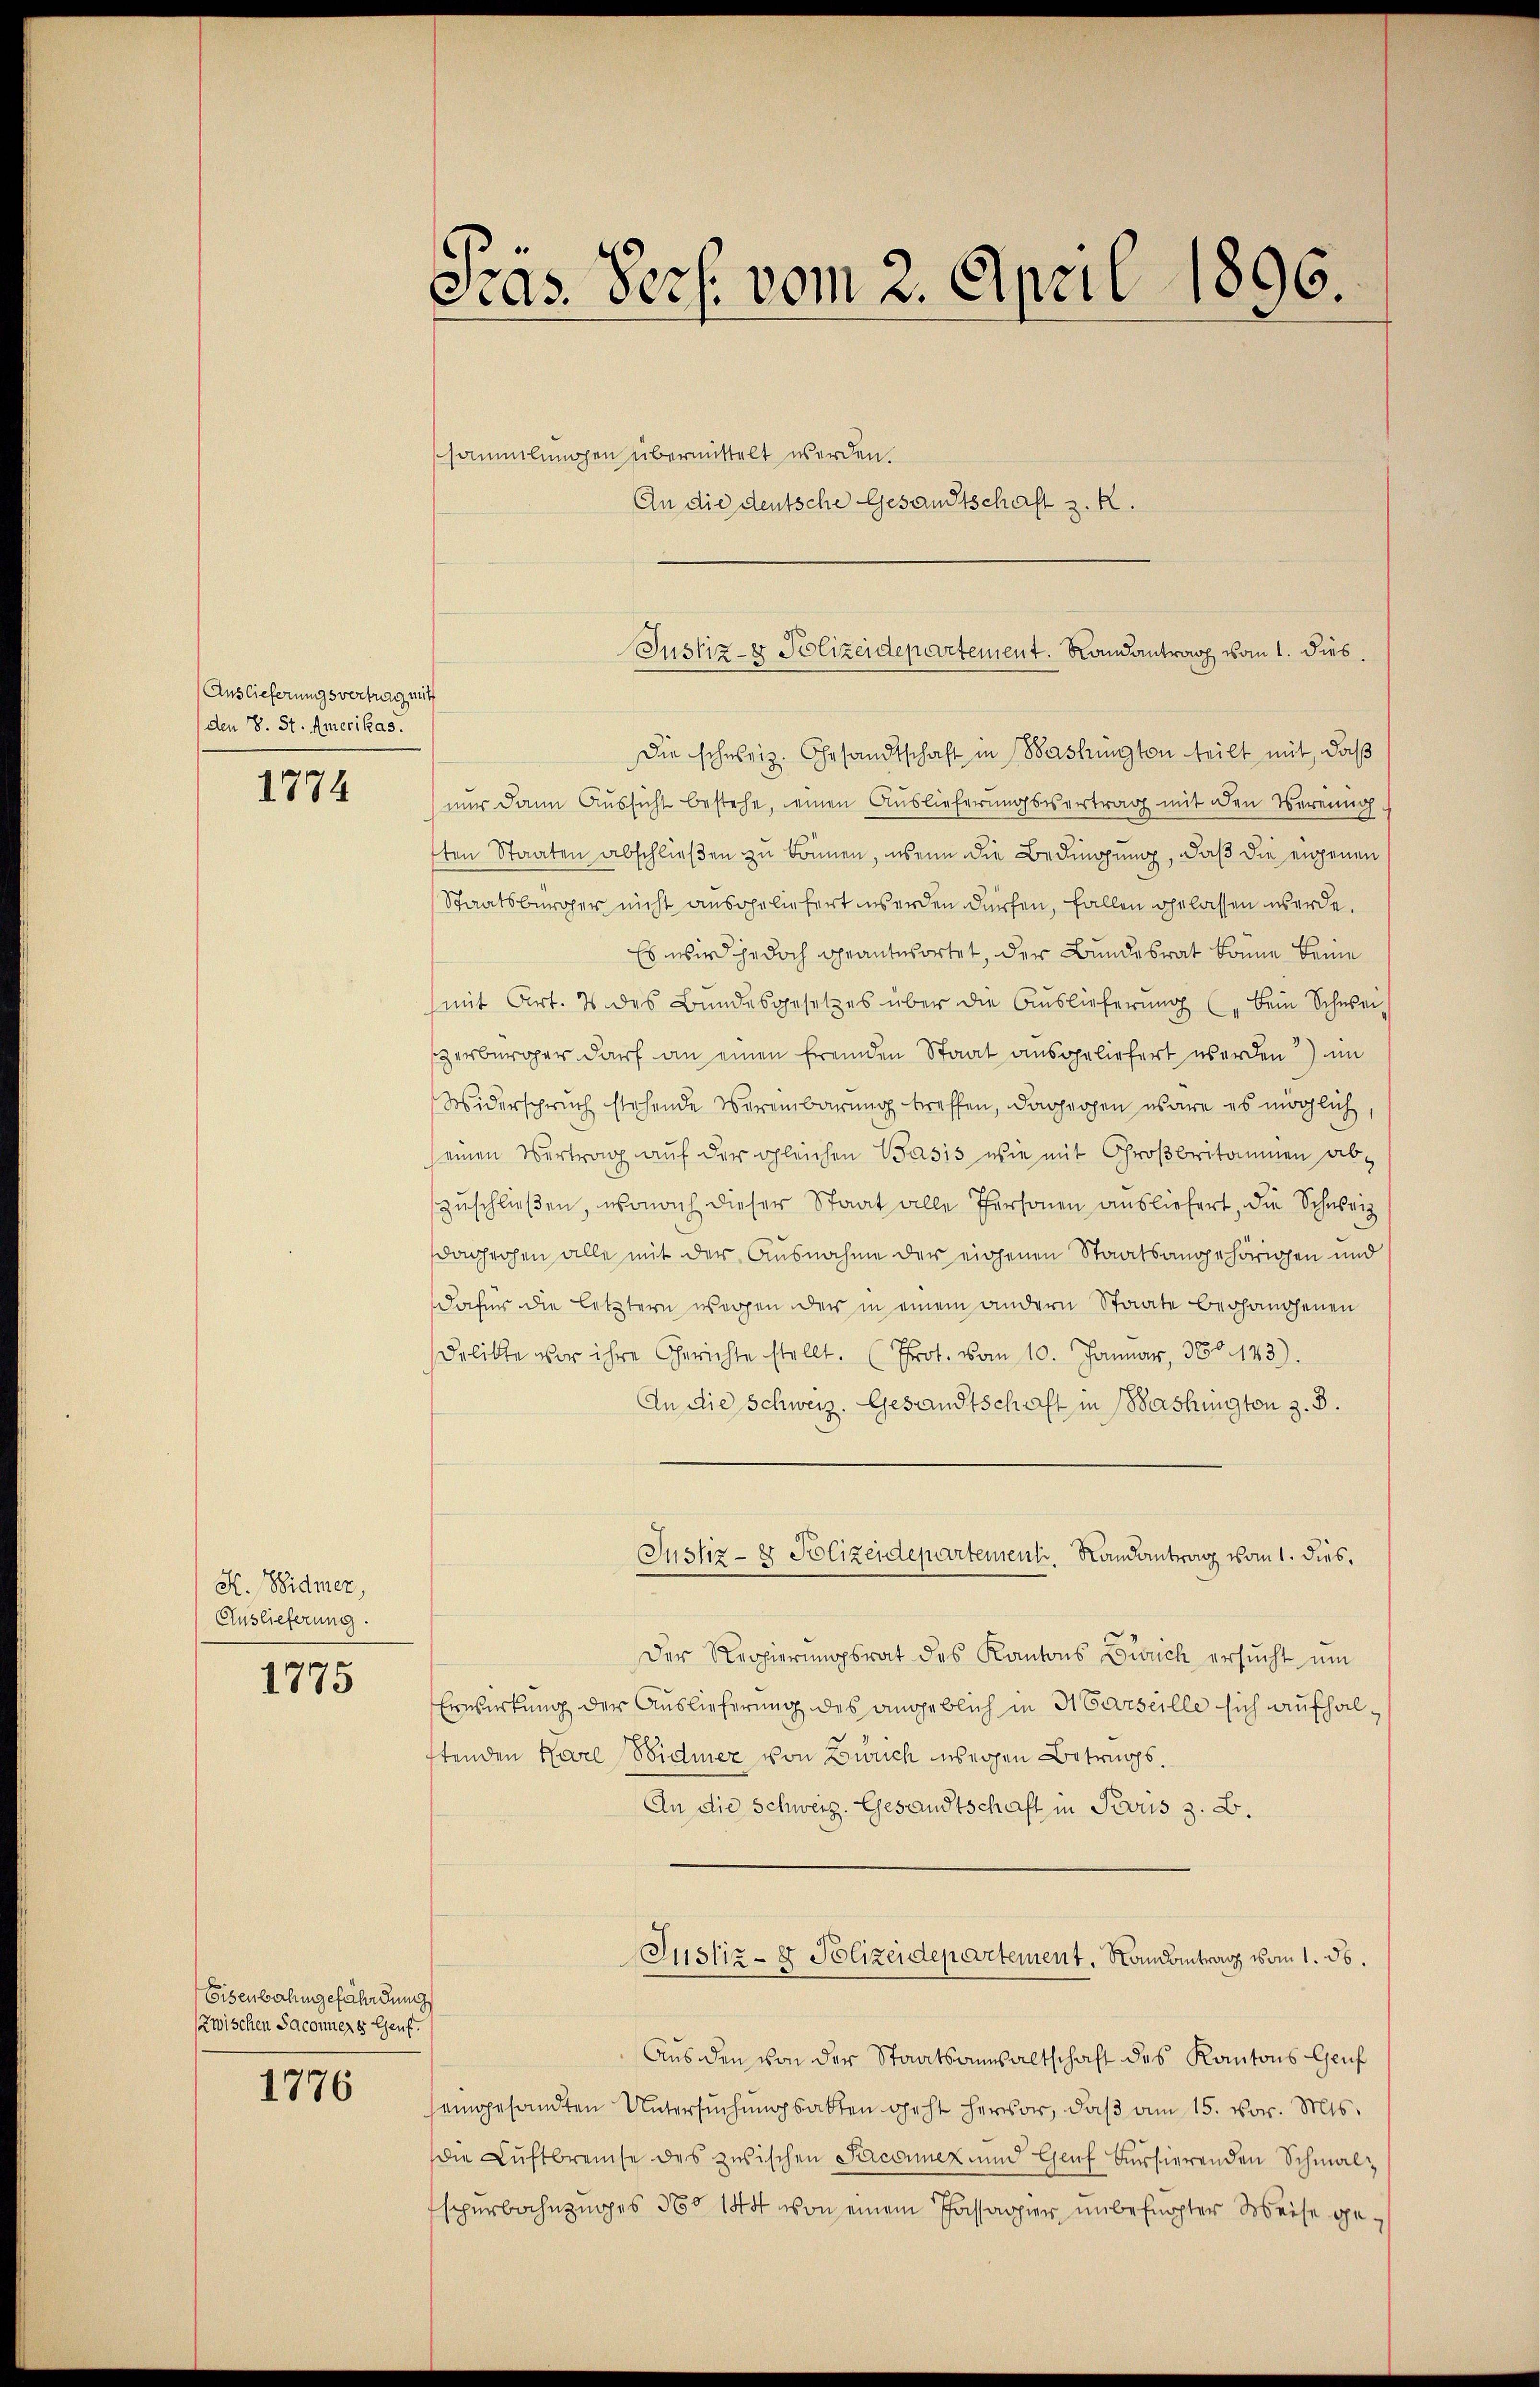
Auslieferungsvertrag mit
(den 8. St. Amerikas.

1774

K. Widmer,
Auslieferung.

1775

Eisenbahngefährdung
Zwischen Saconuere Genf.

1776

Präs. Pers. vom 2. April 1896.

sammlungen übermittelt werden.
An die deutsche Gesandtschaft z. R.

Die schweiz. Gesandtschaft in Washingten teilt mit, daß
nur dann Aussicht bestehe, einen Auslieferungsvertrag mit den Vereing
ten Staaten abschließen zu können, wenn die Bedingung, daß die eigenen
Staatsbürger nicht ausgeliefert werden dürfen, fallen gelassen werde.
Es wird jedoch geantwortet, der Bundesrat könne keine
(mit Art. 2 des Bundesgesetzes über die Auslieferung (bein Schwei
erbürger darf an einen fremden Staat ausgeliefert werden?) im
Widerspruch stehende Vereinbarung treffen, dagegen wäre es möglich,
seinen Vertrag auf der gleichen Basis wie mit Großbritainen abzuschließen, wonach dieser Staat alle Personen ausliefert, die Schweiz
dagrohen alle mit der Ausnahme der eigenen Staatsangehörigen und
Dafür die letztern wegen der in einem andern Staate begandenen
Delikte vor ihre Gerichte stellt. (Prot. vom 10. Januar, 360. 123).
An die Schweiz. Gesandtschaft in Bashington z. B.
Justiz- & Polizeidepartement. Randantrag vom 1. dies¬
Der Regierŭngsrat des Kantons Zürich ersŭcht ŭm
Erwirkung der Auslieferung des angeblich in Marseille sich aufhalftenden Karl Widmer von Zürich weggen Betrags.
An die Schweiz. Gesandtschaft in Pivus z. B.
Justiz- & Polizeidepartement. Randantrag vom 1. 56.
Aus den von der Staatsansaltschaft des Kantons Genf
eingesandten Untersuchungsakten geht hervor, daß am 15. vor. Mts.
die Luftbrente des zwischen Seconner und Genf versierenden Schmal¬
Esperbahnzuges 360 144 von einem Passagier unbefugter Weise ge¬

Justiz- & Polizeidepartement. Landantrag vom 1. dies.